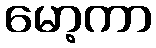
မော့ကာ